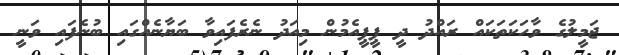
ޖަމީލުގެ ވާހަކަތަކައް ރައްދު ދީ ޕީޕީއެމުން މިއަދު ނެރެފައިވާ ބަޔާނެއްގައި ބުނެފައި ވަނީ